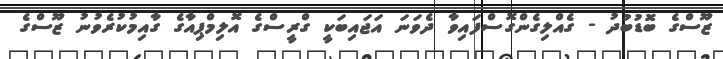
ޒޫސްގެ ބޮޑުބުދު - ގެއްލިގެންގޮސްފައިވާ ދެވަނަ އަޖައިބަކީ ގްރީސްގެ އޮލިމްޕިއާގެ ގާއިމުކުރެވުނު ޒޫސްގެ